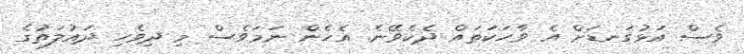
ވެސް އަޅުގަނޑަށް އެ ވާހަކަތައް ދެކެވޭނެ. އެހެން ނަމަވެސް މި ދިވެހި ދައުލަތުގެ